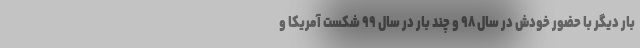
بار دیگر با حضور خودش در سال ۹۸ و چند بار در سال ۹۹ شکست آمریکا و